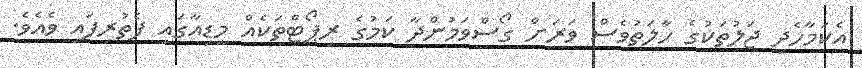
އެކަމާހެދި ޖަލުތަކުގެ ހާލަތުވެސް ވަރަށް ގޯސްވަމުންދާ ކަމުގެ ރިޕޯޓްތަކެއް މީޑިއާގައި ފެތުރިފައި ވެއެވެ.